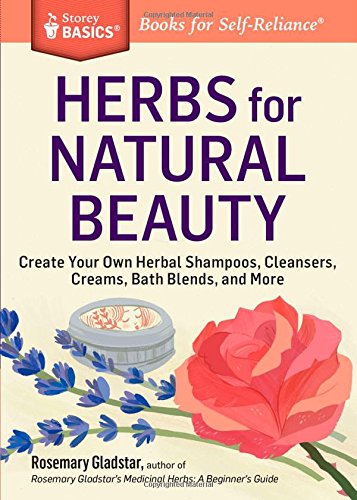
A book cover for Herbs for Natural Beauty: Create Your Own Herbal Shampoos, Cleansers, Creams, Bath Blends, and More. A Storey BASICSÂ® Title; Rosemary Gladstar; Health, Fitness & Dieting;